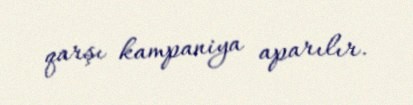
qarşı kampaniya aparılır.